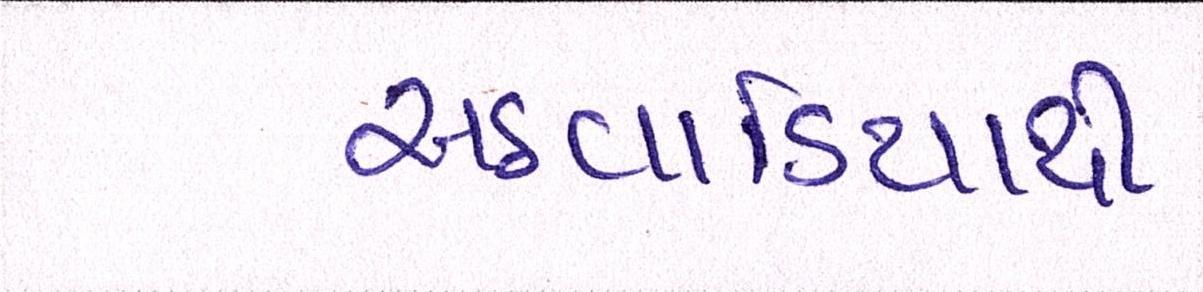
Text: અઠવાડિયાથી